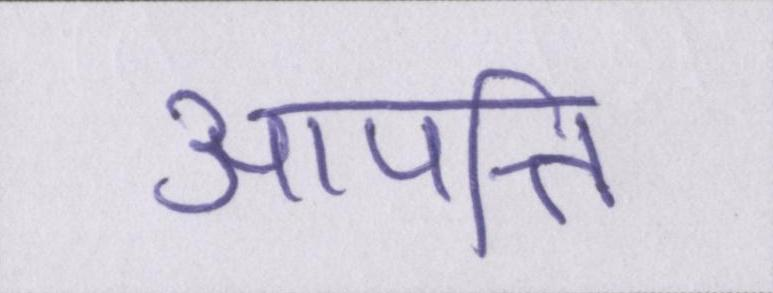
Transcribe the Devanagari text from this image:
आपत्ति